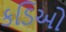
કડિઓ